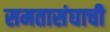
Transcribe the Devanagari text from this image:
समतासंघाची